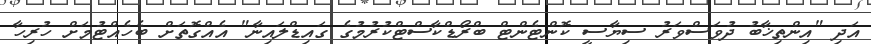
އަދި "އިންތިޚާބު ދުވަސްވަރު ސިޔާސީ ކޮންޓެންޓް ބްރޯޑްކާސްޓްކުރުމުގެ ގައިޑްލައިނާ" އެއްގޮތަށް ބެހެއްޓުމަށް ހުރިހާ